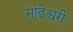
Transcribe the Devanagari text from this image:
माढेश्वरी